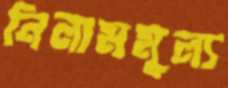
নিলামমূল্য